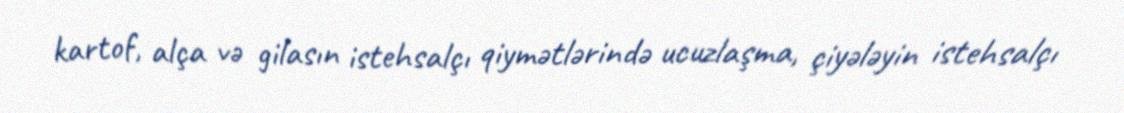
kartof, alça və gilasın istehsalçı qiymətlərində ucuzlaşma, çiyələyin istehsalçı